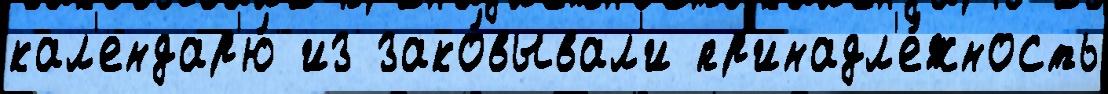
кал'ендар'ю́ из зако́вывал'и пр'инадл'е́жность